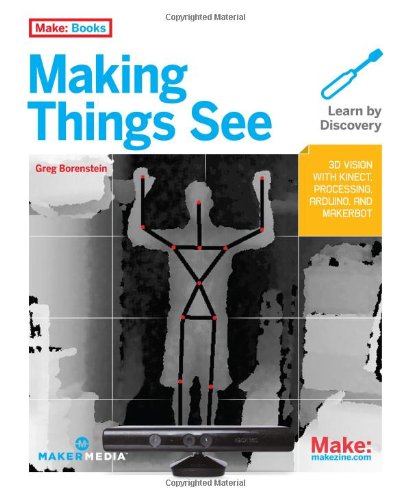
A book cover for Making Things See: 3D vision with Kinect, Processing, Arduino, and MakerBot (Make: Books); Greg Borenstein; Computers & Technology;